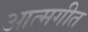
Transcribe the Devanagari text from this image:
आत्मगीत